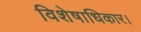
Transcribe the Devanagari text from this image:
विशेषाधिकार।